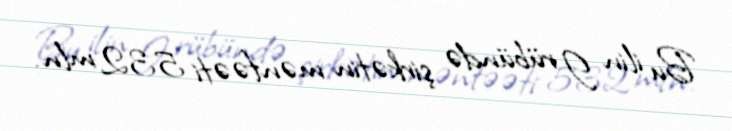
Bu ilin I rübündə şirkətin mənfəəti 532 mln.